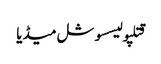
قتلپولیسسوشل میڈیا